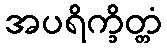
အပရိက္ခိတ္တံ